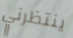
ينتظرني